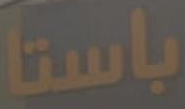
باستا